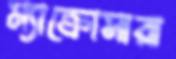
ম্যাক্রোসারা